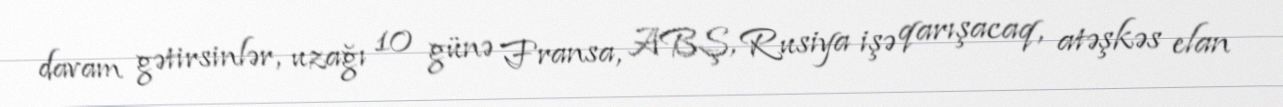
davam gətirsinlər, uzağı 10 günə Fransa, ABŞ, Rusiya işə qarışacaq, atəşkəs elan